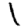
Digit: 1